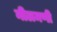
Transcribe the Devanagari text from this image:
नीलमणी